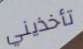
تأخذيني